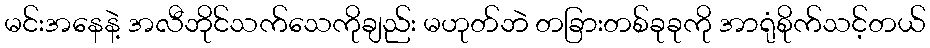
မင်းအနေနဲ့ အလီဘိုင်သက်သေကိုချည်း မဟုတ်ဘဲ တခြားတစ်ခုခုကို အာရုံစိုက်သင့်တယ်